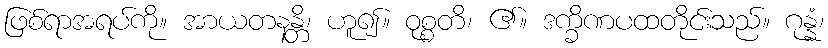
ဖြစ်ရာအရပ်ကို။ အာယတနန္တိ၊ ဟူ၍။ ဝုစ္စတိ၊ ၏။ ဒက္ခိဏပထတိုင်းသည်။ ဂုန္နံ၊